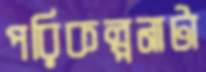
পরিকল্পনাটা